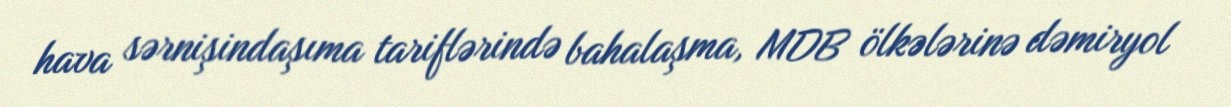
hava sərnişindaşıma tariflərində bahalaşma, MDB ölkələrinə dəmiryol